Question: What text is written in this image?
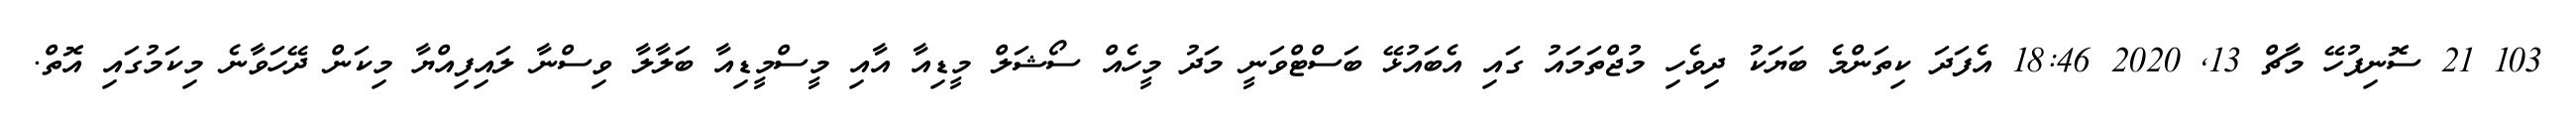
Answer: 103 21 ސޮނިފުހޭ މާޗް 13, 2020 18:46 އެފަދަ ކިތަންމެ ބަޔަކު ދިވެހި މުޖްތަމައު ގައި އެބައުޅޭ ބަސްޓްވަނީ މަދު މީހެއް ސޯޝަލް މީޑިއާ އާއި މީސްމީޑިއާ ބަލާލާ ވިސްނާ ލައިފިއްޔާ މިކަން ދޭހަވާނެ މިކަމުގައި އޮތް.